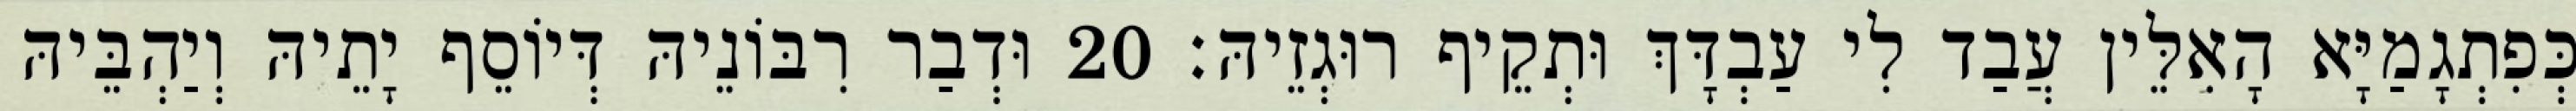
כְּפִתְגָמַיָּא הָאִלֵּין עֲבַד לִי עַבְדָּךְ וּתְקֵיף רוּגְזֵיהּ׃ 20 וּדְבַר רִבּוֹנֵיהּ דְּיוֹסֵף יָתֵיהּ וְיַהְבֵּיהּ